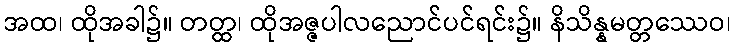
အထ၊ ထိုအခါ၌။ တတ္ထ၊ ထိုအဇ္ဇပါလညောင်ပင်ရင်း၌။ နိသိန္နမတ္တဿေဝ၊